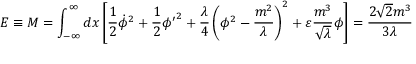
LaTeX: { \cal E } \equiv M = \int _ { - \infty } ^ { \infty } d x \left[ \frac { 1 } { 2 } { \dot { \phi } } ^ { 2 } + \frac { 1 } { 2 } { { \phi } ^ { \prime } } ^ { 2 } + \frac { \lambda } { 4 } \left( \phi ^ { 2 } - \frac { m ^ { 2 } } { \lambda } \right) ^ { 2 } + \varepsilon \frac { m ^ { 3 } } { \sqrt \lambda } \phi \right] = \frac { 2 { \sqrt 2 } m ^ { 3 } } { 3 \lambda }